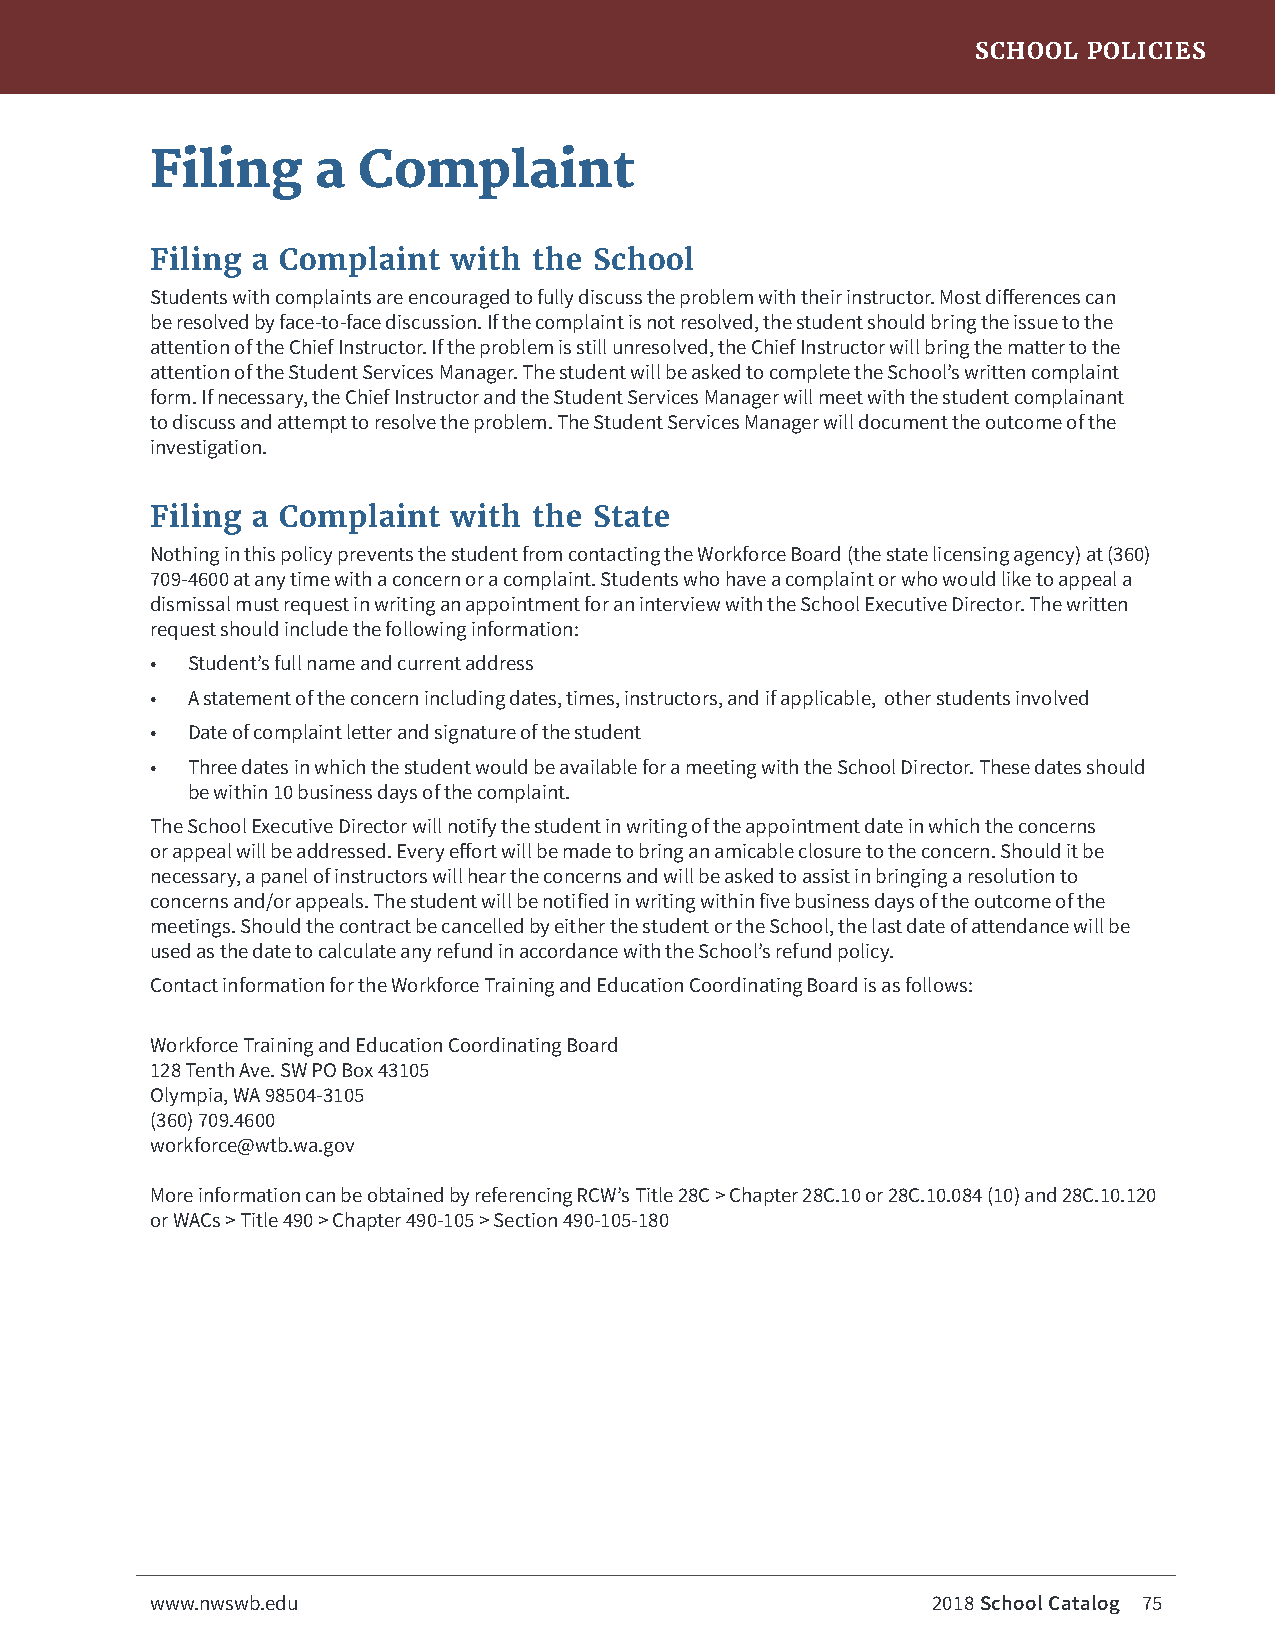
SCHOOL POLICIES
 Filing     a  Complaint
 Filing a Complaint  with the School
 Students with complaints are encouraged to fully discuss the problem with their instructor. Most differences can
 be resolved by face-to-face discussion. If the complaint is not resolved, the student should bring the issue to the
 attention of the Chief Instructor. If the problem is still unresolved, the Chief Instructor will bring the matter to the
 attention of the Student Services Manager. The student will be asked to complete the School’s written complaint
 form. If necessary, the Chief Instructor and the Student Services Manager will meet with the student complainant
 to discuss and attempt to resolve the problem. The Student Services Manager will document the outcome of the
 investigation.
 Filing a Complaint  with the State
 Nothing in this policy prevents the student from contacting the Workforce Board (the state licensing agency) at (360)
 709-4600 at any time with a concern or a complaint. Students who have a complaint or who would like to appeal a
 dismissal must request in writing an appointment for an interview with the School Executive Director. The written
 request should include the following information:
 • Student’s full name and current address
 • A statement of the concern including dates, times, instructors, and if applicable, other students involved
 • Date of complaint letter and signature of the student
 • Three dates in which the student would be available for a meeting with the School Director. These dates should
 be within 10 business days of the complaint.
 The School Executive Director will notify the student in writing of the appointment date in which the concerns
 or appeal will be addressed. Every effort will be made to bring an amicable closure to the concern. Should it be
 necessary, a panel of instructors will hear the concerns and will be asked to assist in bringing a resolution to
 concerns and/or appeals. The student will be notified in writing within five business days of the outcome of the
 meetings. Should the contract be cancelled by either the student or the School, the last date of attendance will be
 used as the date to calculate any refund in accordance with the School’s refund policy.
 Contact information for the Workforce Training and Education Coordinating Board is as follows:
 Workforce Training and Education Coordinating Board
 128 Tenth Ave. SW PO Box 43105
 Olympia, WA 98504-3105
 (360) 709.4600
 workforce@wtb.wa.gov
 More information can be obtained by referencing RCW’s Title 28C > Chapter 28C.10 or 28C.10.084 (10) and 28C.10.120
 or WACs > Title 490 > Chapter 490-105 > Section 490-105-180
 www.nwswb.edu                                       2018 School Catalog 75